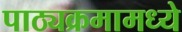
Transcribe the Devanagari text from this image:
पाठ्यक्रमामध्ये